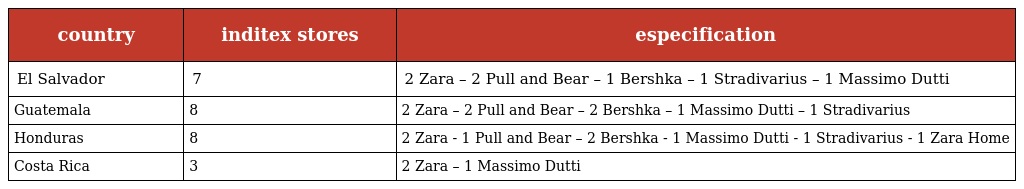
| country | inditex stores | especification |
 | --- | --- | --- |
 | El Salvador | 7 | 2 Zara – 2 Pull and Bear – 1 Bershka – 1 Stradivarius – 1 Massimo Dutti |
 | Guatemala | 8 | 2 Zara – 2 Pull and Bear – 2 Bershka – 1 Massimo Dutti – 1 Stradivarius |
 | Honduras | 8 | 2 Zara - 1 Pull and Bear – 2 Bershka - 1 Massimo Dutti - 1 Stradivarius - 1 Zara Home |
 | Costa Rica | 3 | 2 Zara – 1 Massimo Dutti |